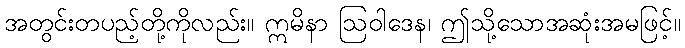
အတွင်းတပည့်တို့ကိုလည်း။ ဣမိနာ ဩဝါဒေန၊ ဤသို့သောအဆုံးအမဖြင့်။